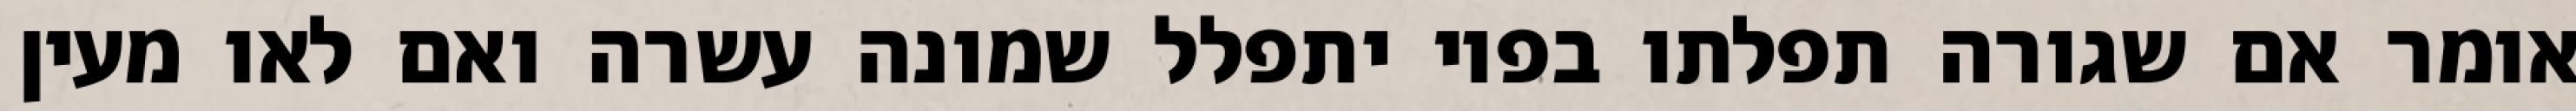
אומר אם שגורה תפלתו בפיו יתפלל שמונה עשרה ואם לאו מעין